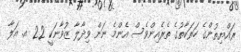
ރައްޔިތުންގެ ހަރަކާތުގެ ތެރެއިންވެސް އެންމެ ނަން ވިދާލާ ޒުވާނަކީ 22 އ. އަލާ